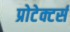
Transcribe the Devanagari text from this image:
प्रोटेक्टर्स